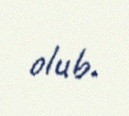
olub.